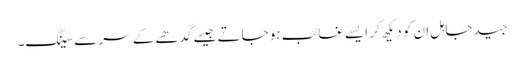
جید جاہل ان کو دیکھ کر ایسے غائب ہو جاتے جیسے گدھے کے سر سے سینگ۔